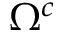
\Omega ^ { c }